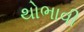
થોભાવી